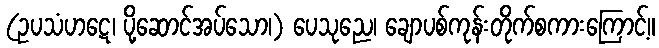
(ဥပသံဟဋေ၊ ပို့ဆောင်အပ်သော၊) ပေသုညေ၊ ချောပစ်ကုန်းတိုက်စကားကြောင့်။